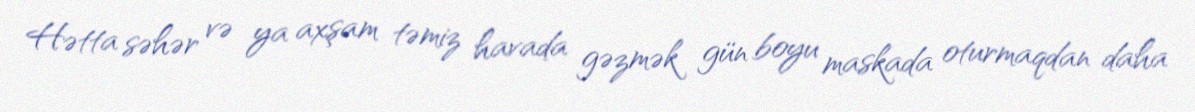
Hətta səhər və ya axşam təmiz havada gəzmək gün boyu maskada oturmaqdan daha